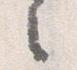
之